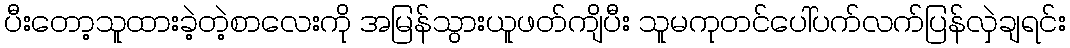
ပီးတော့သူထားခဲ့တဲ့စာလေးကို အမြန်သွားယူဖတ်ကျိပီး သူမကုတင်ပေါ်ပက်လက်ပြန်လှဲချရင်း